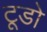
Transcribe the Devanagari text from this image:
टूडो